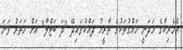
އެމެރިކާގެ މަދަނީ ހައްގުތަކުގެ ތާރީޚު ދައްކުވައިދޭ "ދަ ބަޓްލާ" އަށް ހަތަރު ވަނަ